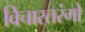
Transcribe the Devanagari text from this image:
विचारतरंगों